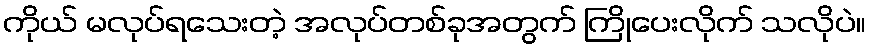
ကိုယ် မလုပ်ရသေးတဲ့ အလုပ်တစ်ခုအတွက် ကြိုပေးလိုက် သလိုပဲ။